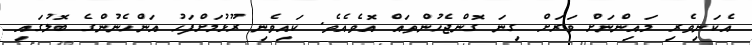
އެކަނިވެރި މައިންނަށް ވަރަށް ގިނަ ގޮންޖެހުންތައް އޮވެއެވެ. ކައިވެނި ރޫޅުމަށްފަހު އަންހެނުންގެ ބޮލުގައި